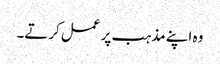
وہ اپنے مذہب پر عمل کرتے۔